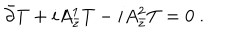
LaTeX: \bar { \partial } T + i A _ { \bar { z } } ^ { 1 } T - i A _ { \bar { z } } ^ { 2 } T = 0 \ .